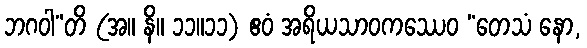
ဘဂဝါ”တိ (အ။ နိ။ ၁၁။၁၁) ဧဝံ အရိယသာဝကဿေဝ “တေသံ နော,